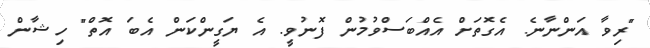
"ރިވާ އަންނާނެ. އެގޮތަށް އެއްބަސްވުމުން ފޮނުވީ. އެ ޔަގީންކަން އެބަ އޮތް" ހިޝާން